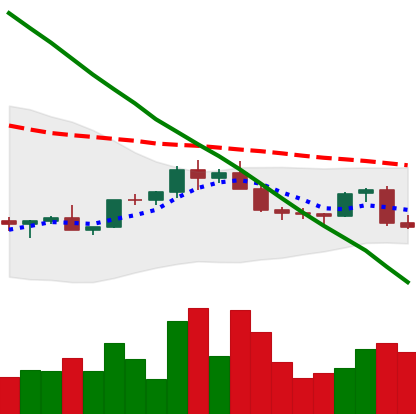
Ticker: EOS-USD
Chart end date: 2022-02-18
Forward return: -8.196%
Label: down_7plus